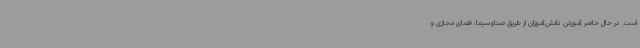
است. در حال حاضر آموزش دانش‌آموزان از طریق صداوسیما، فضای مجازی و